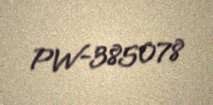
PW-385078